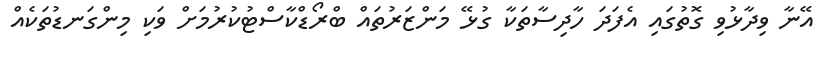
އޭނާ ވިދާޅުވި ގޮތުގައި އެފަދަ ހާދިސާތަކާ ގުޅޭ މަންޒަރުތައް ބްރޯޑްކާސްޓުކުރުމަށް ވަކި މިންގަނޑުތަކެއް